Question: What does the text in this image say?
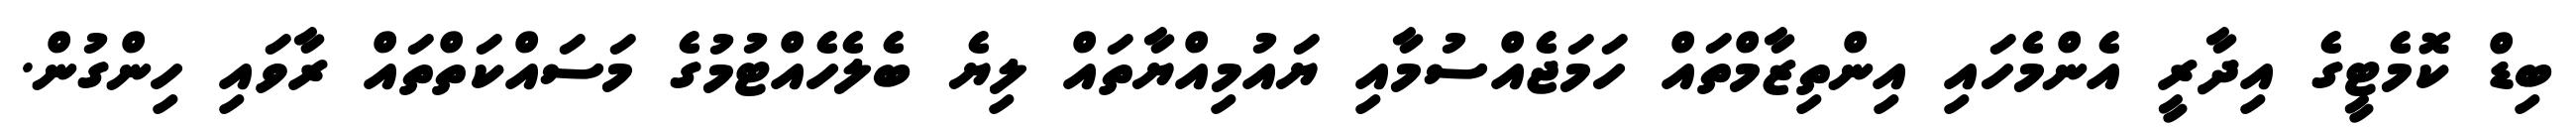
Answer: ބިޑް ކޮމެޓީގެ އިދާރީ އެންމެހައި އިންތިޒާމްތައް ހަމަޖެއްސުމާއި ޔައުމިއްޔާތައް ލިޔެ ބެލެހެއްޓުމުގެ މަސައްކަތްތައް ރާވައި ހިންގުން.